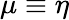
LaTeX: \mu\equiv\eta